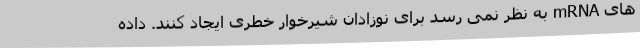
های mRNA به نظر نمی رسد برای نوزادان شیرخوار خطری ایجاد کنند. داده